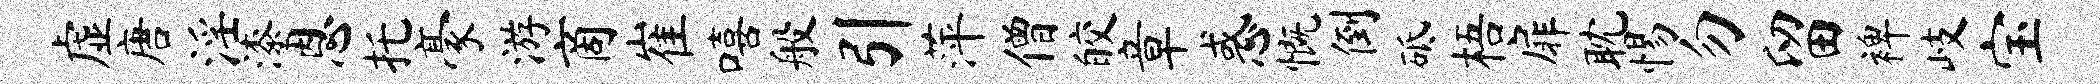
虚唐淫漆恩托豪游商崔嘻般引萍僧皎章惑慨倒砥梧扉耽惕勿留裨岐宝